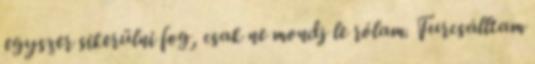
egyszer sikerülni fog, csak ne mondj le rólam. Furcsálltam